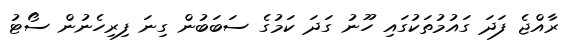
ރާއްޖެ ފަދަ ގައުމުތަކުގައި ހޫނު ގަދަ ކަމުގެ ސަބަބުން ގިނަ ފިރިހެނުން ސޯޓު